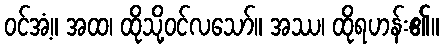
ဝင်အံ့။ အထ၊ ထိုသို့ဝင်လသော်။ အဿ၊ ထိုရဟန်း၏။